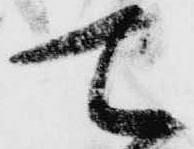
て